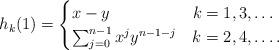
LaTeX: \begin{align*}h_k(1)=\begin{cases}x-y & k=1,3,\ldots \\\sum_{j=0}^{n-1}x^jy^{n-1-j} & k=2,4,\ldots.\end{cases}\end{align*}